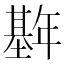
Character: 𫮱